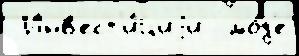
 Инв'ест'и́циjи  мо́д'е